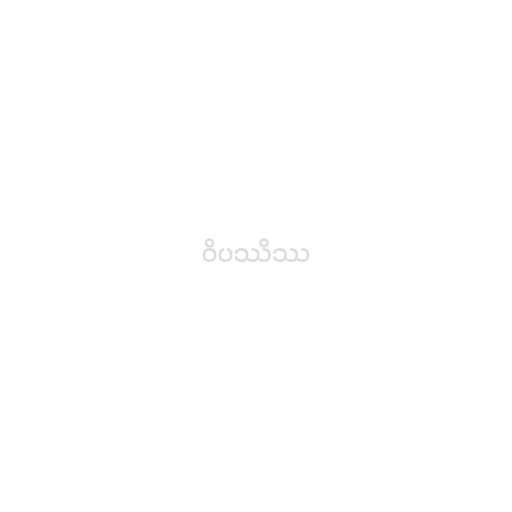
ဝိပဿိဿ